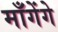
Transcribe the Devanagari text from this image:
माँगेंगे